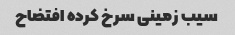
سیب زمینی سرخ کرده افتضاح